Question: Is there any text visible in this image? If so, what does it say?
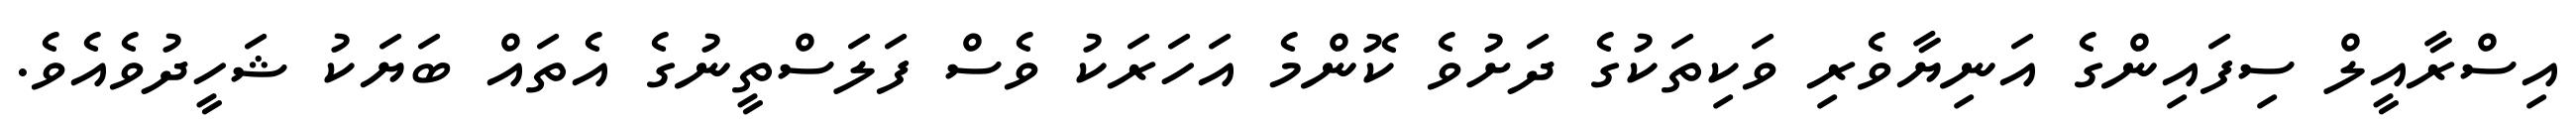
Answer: އިސްރާއީލް ސިފައިންގެ އަނިޔާވެރި ވަކިތަކުގެ ދަށުވެ ކޮންމެ އަހަރަކު ވެސް ފަލަސްތީނުގެ އެތައް ބަޔަކު ޝަހީދުވެއެވެ.